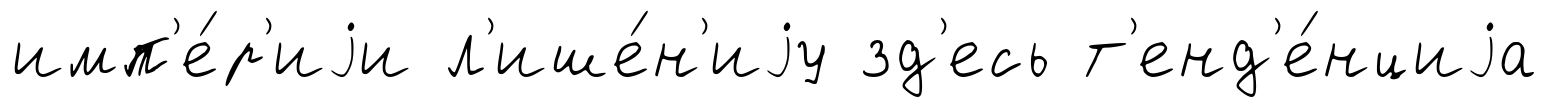
имп'е́р'иjи л'ише́н'иjу зд'есь т'енд'е́нциjа